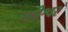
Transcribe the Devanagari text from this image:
नदीश्वर